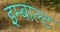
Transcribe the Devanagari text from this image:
इम्बाल्ट